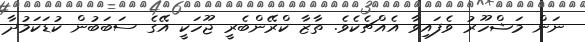
ނަން މަޝްހޫރު ވެފައިވާ އެއްޗެކެވެ. ތާޒާ ކްރޭންބެރީ ޖޫހަކީ އޭގެ ސަބަބުން ކުޑަކަމުދާ